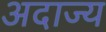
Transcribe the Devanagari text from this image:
अदाज्य